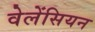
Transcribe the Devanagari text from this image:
वेलेंसियन